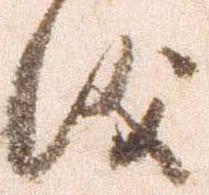
儀